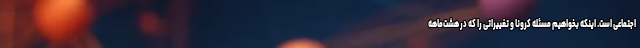
اجتماعی است. اینکه بخواهیم مسئله کرونا و تغییراتی را که در هشت‌ماهه